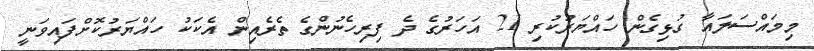
މިމައްސަލައާ ގުޅިގެން ހައްޔަރުކުރި 21 އަހަރުގެ ދެ ފިރިހެނުންގެ ތެރެއިން އެކަކު ހައްޔަރުކޮށްފައިވަނީ